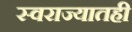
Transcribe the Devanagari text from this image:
स्वराज्यातही